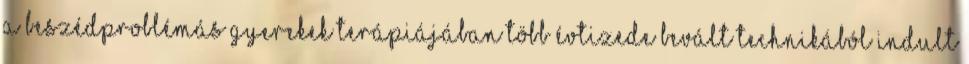
a beszédproblémás gyerekek terápiájában több évtizede bevált technikából indult